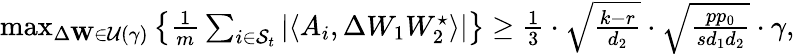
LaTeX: \begin{array}{r}{\operatorname*{max}_{\Delta\mathbf{W}\in\mathcal{U}(\gamma)}\left\{ \frac{1}{m}\sum_{i\in{\mathcal{S}_{t}}}|\langle A_{i},\Delta W_{1}W_{2}^{\star}\rangle|\right\} \geq\frac{1}{3}\cdot\sqrt{\frac{k-r}{d_{2}}}\cdot\sqrt{\frac{pp_{0}}{sd_{1}d_{2}}}\cdot\gamma,}\end{array}